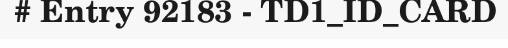
# Entry 92183 - TD1_ID_CARD